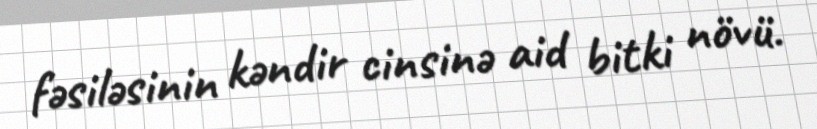
fəsiləsinin kəndir cinsinə aid bitki növü.